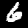
Label: 6